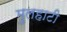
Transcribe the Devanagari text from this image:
मुलहाटी